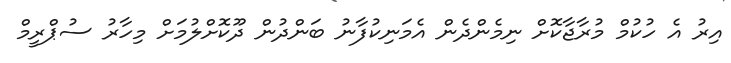
އިރު އެ ހުކުމް މުރާޖާކޮށް ނިމެންދެން އެމަނިކުފާނު ބަންދުން ދޫކޮށްލުމަށް މިހާރު ސުޕްރީމް